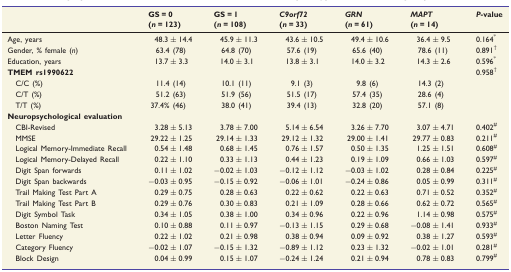
<table><thead><tr><td></td><td><b>GS = 0 (<i>n = </i>123)</b></td><td><b>GS = 1 (<i>n = </i>108)</b></td><td><b><i>C9orf72</i> (<i>n = </i>33)</b></td><td><b><i>GRN</i> (<i>n = </i>61)</b></td><td><b><i>MAPT</i> (<i>n = </i>14)</b></td><td><b><i>P</i>-value</b></td></tr></thead><tbody><tr><td>Age, years</td><td>48.3 ± 14.4</td><td>45.9 ± 11.3</td><td>43.6 ± 10.5</td><td>49.4 ± 10.6</td><td>36.4 ± 9.5</td><td>0.164<sup>*</sup></td></tr><tr><td>Gender, % female (<i>n</i>)</td><td>63.4 (78)</td><td>64.8 (70)</td><td>57.6 (19)</td><td>65.6 (40)</td><td>78.6 (11)</td><td>0.891<sup>†</sup></td></tr><tr><td>Education, years</td><td>13.7 ± 3.3</td><td>14.0 ± 3.1</td><td>13.8 ± 3.1</td><td>14.0 ± 3.2</td><td>14.3 ± 2.6</td><td>0.596<sup>*</sup></td></tr><tr><td><b>TMEM rs1990622</b></td><td></td><td></td><td></td><td></td><td></td><td>0.958<sup>†</sup></td></tr><tr><td>C/C (%)</td><td>11.4 (14)</td><td>10.1 (11)</td><td>9.1 (3)</td><td>9.8 (6)</td><td>14.3 (2)</td><td></td></tr><tr><td>C/T (%)</td><td>51.2 (63)</td><td>51.9 (56)</td><td>51.5 (17)</td><td>57.4 (35)</td><td>28.6 (4)</td><td></td></tr><tr><td>T/T (%)</td><td>37.4% (46)</td><td>38.0 (41)</td><td>39.4 (13)</td><td>32.8 (20)</td><td>57.1 (8)</td><td></td></tr><tr><td><b>Neuropsychological evaluation</b></td><td></td><td></td><td></td><td></td><td></td><td></td></tr><tr><td>CBI-Revised</td><td>3.28 ± 5.13</td><td>3.78 ± 7.00</td><td>5.14 ± 6.54</td><td>3.26 ± 7.70</td><td>3.07 ± 4.71</td><td>0.402<sup>#</sup></td></tr><tr><td>MMSE</td><td>29.22 ± 1.25</td><td>29.14 ± 1.33</td><td>29.12 ± 1.32</td><td>29.00 ± 1.41</td><td>29.77 ± 0.83</td><td>0.211<sup>#</sup></td></tr><tr><td>Logical Memory-Immediate Recall</td><td>0.54 ± 1.48</td><td>0.68 ± 1.45</td><td>0.76 ± 1.57</td><td>0.50 ± 1.35</td><td>1.25 ± 1.51</td><td>0.608<sup>#</sup></td></tr><tr><td>Logical Memory-Delayed Recall</td><td>0.22 ± 1.10</td><td>0.33 ± 1.13</td><td>0.44 ± 1.23</td><td>0.19 ± 1.09</td><td>0.66 ± 1.03</td><td>0.597<sup>#</sup></td></tr><tr><td>Digit Span forwards</td><td>0.11 ± 1.02</td><td>−0.02 ± 1.03</td><td>−0.12 ± 1.12</td><td>−0.03 ± 1.02</td><td>0.28 ± 0.84</td><td>0.225<sup>#</sup></td></tr><tr><td>Digit Span backwards</td><td>−0.03 ± 0.95</td><td>−0.15 ± 0.92</td><td>−0.06 ± 1.01</td><td>−0.24 ± 0.86</td><td>0.05 ± 0.99</td><td>0.311<sup>#</sup></td></tr><tr><td>Trail Making Test Part A</td><td>0.29 ± 0.75</td><td>0.28 ± 0.63</td><td>0.22 ± 0.62</td><td>0.22 ± 0.63</td><td>0.71 ± 0.52</td><td>0.352<sup>#</sup></td></tr><tr><td>Trail Making Test Part B</td><td>0.29 ± 0.76</td><td>0.30 ± 0.83</td><td>0.21 ± 1.09</td><td>0.28 ± 0.66</td><td>0.62 ± 0.72</td><td>0.565<sup>#</sup></td></tr><tr><td>Digit Symbol Task</td><td>0.34 ± 1.05</td><td>0.38 ± 1.00</td><td>0.34 ± 0.96</td><td>0.22 ± 0.96</td><td>1.14 ± 0.98</td><td>0.575<sup>#</sup></td></tr><tr><td>Boston Naming Test</td><td>0.10 ± 0.88</td><td>0.11 ± 0.97</td><td>−0.13 ± 1.15</td><td>0.29 ± 0.68</td><td>−0.08 ± 1.41</td><td>0.933<sup>#</sup></td></tr><tr><td>Letter Fluency</td><td>0.22 ± 1.02</td><td>0.21 ± 0.98</td><td>0.38 ± 0.94</td><td>0.09 ± 0.92</td><td>0.38 ± 1.27</td><td>0.593<sup>#</sup></td></tr><tr><td>Category Fluency</td><td>−0.02 ± 1.07</td><td>−0.15 ± 1.32</td><td>−0.89 ± 1.12</td><td>0.23 ± 1.32</td><td>−0.02 ± 1.01</td><td>0.281<sup>#</sup></td></tr><tr><td>Block Design</td><td>0.04 ± 0.99</td><td>0.15 ± 1.07</td><td>−0.24 ± 1.24</td><td>0.21 ± 0.94</td><td>0.78 ± 0.83</td><td>0.799<sup>#</sup></td></tr></tbody></table>